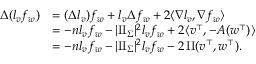
\begin{array} { r l } { \Delta ( l _ { v } f _ { w } ) } & { = ( \Delta l _ { v } ) f _ { w } + l _ { v } \Delta f _ { w } + 2 \langle \nabla l _ { v } , \nabla f _ { w } \rangle } \\ & { = - n l _ { v } f _ { w } - | \mathrm { I I } _ { \Sigma } | ^ { 2 } l _ { v } f _ { w } + 2 \langle v ^ { \top } , - A ( w ^ { \top } ) \rangle } \\ & { = - n l _ { v } f _ { w } - | \mathrm { I I } _ { \Sigma } | ^ { 2 } l _ { v } f _ { w } - 2 \, \mathrm { I I } ( v ^ { \top } , w ^ { \top } ) . } \end{array}